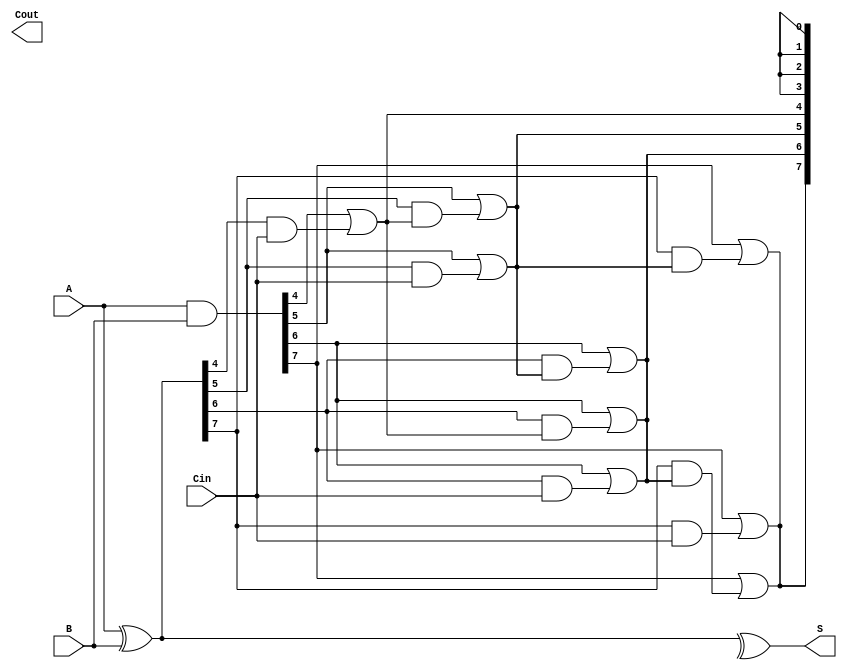
module KoggeStoneAdder #(parameter N = 8) (
    input [N-1:0] A,       // First n-bit input
    input [N-1:0] B,       // Second n-bit input
    input Cin,             // Carry-in
    output [N-1:0] S,      // Sum output
    output Cout            // Carry-out
);

    // Generate and propagate signals
    wire [N-1:0] G; // Generate
    wire [N-1:0] P; // Propagate
    wire [N:0] C;    // Carry signals

    // Generate and propagate calculations
    assign G = A & B;          // Generate
    assign P = A ^ B;          // Propagate
    assign C[0] = Cin;         // Carry-in

    // Kogge-Stone carry generation
    genvar i, k;
    generate
        // Carry generation stages
        for (k = 0; k < $clog2(N); k = k + 1) begin : carry_stage
            for (i = 0; i < N; i = i + 1) begin : carry_gen
                if (i >= (1 << k)) begin
                    assign C[i] = G[i] | (P[i] & C[i - (1 << k)]);
                end else begin
                    assign C[i] = C[i - (1 << (k - 1))];
                end
            end
        end
    endgenerate

    // Sum calculation
    assign S = P ^ C[N-1:0]; // Sum bits
    assign Cout = C[N];      // Final carry-out

endmodule